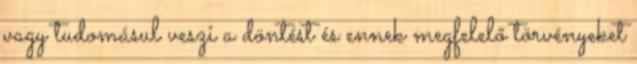
vagy tudomásul veszi a döntést és ennek megfelelő törvényeket